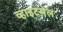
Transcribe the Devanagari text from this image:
व्हाइटसेल